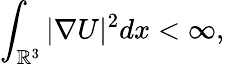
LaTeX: \int_{{\mathbb R}^{3}}|\nabla U|^{2}dx<\infty,